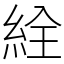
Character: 絟